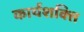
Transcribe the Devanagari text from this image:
कार्यशक्‍ति